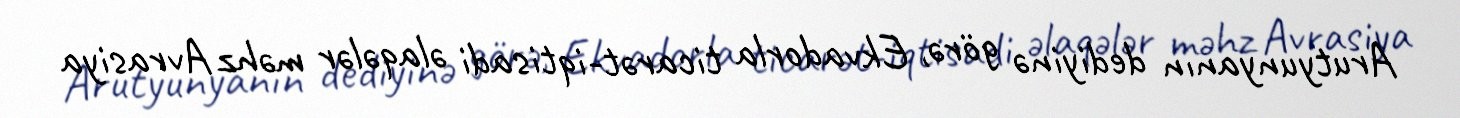
Arutyunyanın dediyinə görə, Ekvadorla ticarət-iqtisadi əlaqələr məhz Avrasiya